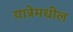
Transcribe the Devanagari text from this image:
यात्रेमधील